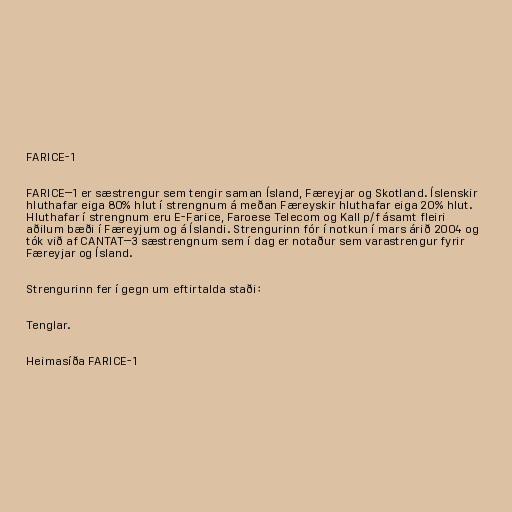
FARICE-1

FARICE–1 er sæstrengur sem tengir saman Ísland, Færeyjar og Skotland. Íslenskir
hluthafar eiga 80% hlut í strengnum á meðan Færeyskir hluthafar eiga 20% hlut.
Hluthafar í strengnum eru E-Farice, Faroese Telecom og Kall p/f ásamt fleiri
aðilum bæði í Færeyjum og á Íslandi. Strengurinn fór í notkun í mars árið 2004 og
tók við af CANTAT–3 sæstrengnum sem í dag er notaður sem varastrengur fyrir
Færeyjar og Ísland.

Strengurinn fer í gegn um eftirtalda staði:

Tenglar.

Heimasíða FARICE-1